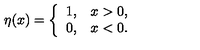
\eta ( x ) = \left\{ \begin{array} { c c } { 1 , } & { x > 0 , } \\ { 0 , } & { x < 0 . } \\ \end{array} \right.